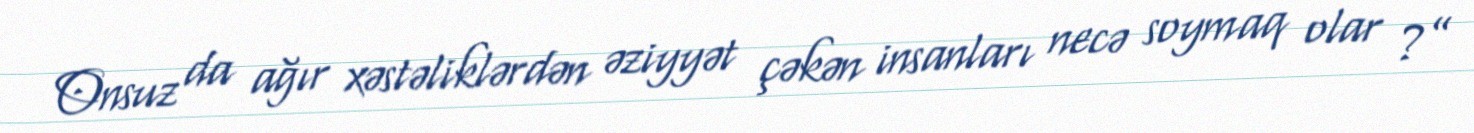
Onsuz da ağır xəstəliklərdən əziyyət çəkən insanları necə soymaq olar ?”